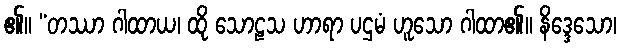
၏။ “တဿာ ဂါထာယ၊ ထို သောဠသ ဟာရာ ပဌမံ ဟူသော ဂါထာ၏။ နိဒ္ဒေသော၊